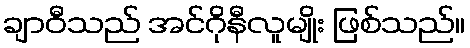
ချာဝီသည် အင်ဂိုနီလူမျိုး ဖြစ်သည်။